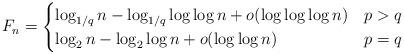
LaTeX: \begin{align*} F_n = \begin{cases} \log_{1/q} n - \log_{1/q}\log\log n + o(\log\log\log n) & p > q \\ \log_{2} n - \log_2\log n + o(\log\log n) & p = q \end{cases} \end{align*}